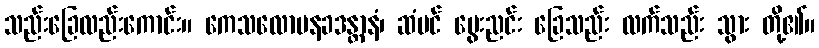
သည်းခြေလည်းကောင်း။ ကေသလောမနခဒန္တာနံ၊ ဆံပင် မွေးညင်း ခြေသည်း လက်သည်း သွား တို့၏။